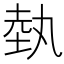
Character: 埶